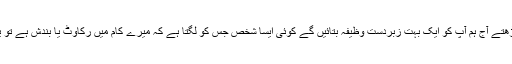
آپﷺنےارشاد فرمایا کہ تم آیت الکرسی کیوں نہیں پڑھتے آج ہم آپ کو ایک بہت زبردست وظیفہ بتائیں گے کوئی ایسا شخص جس کو لگتا ہے کہ میرے کام میں رکاوٹ یا بندش ہے تو یہ وظیفہ ان شخص کے لئے بہت فائدہ مند ثابت ہوگا۔